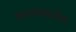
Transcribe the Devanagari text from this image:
धड्याकडेच